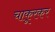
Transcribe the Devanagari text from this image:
चाकूरकर